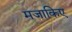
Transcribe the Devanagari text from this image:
मजाकिए